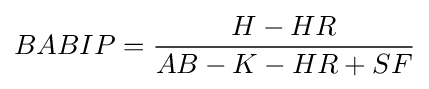
BABIP={\frac {H-HR}{AB-K-HR+SF}}